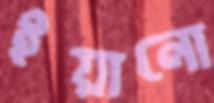
ইয়ানো